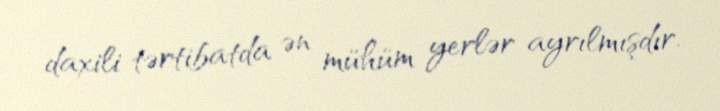
daxili tərtibatda ən mühüm yerlər ayrılmışdır.